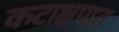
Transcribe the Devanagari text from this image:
कटाक्षपात